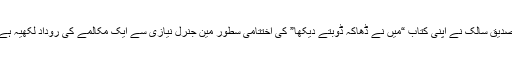
صدیق سالک نے اپنی کتاب “میں نے ڈھاکہ ڈوبتے دیکھا” کی اختتامی سطور مین جنرل نیازی سے ایک مکالمے کی روداد لکھیہ ہے۔